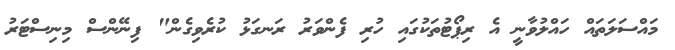
މައްސަލަތައް ހައްލުވާނީ އެ ރިޕޯޓުތަކުގައި ހުރި ފެންވަރު ރަނގަޅު ކުރެވިގެން" ފިނޭންސް މިނިސްޓަރު